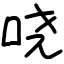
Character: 哓